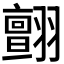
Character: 𦒜